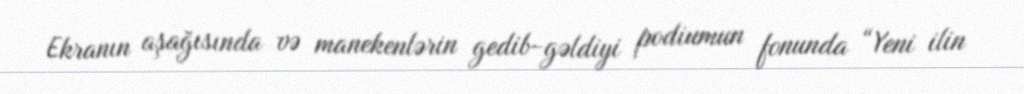
Ekranın aşağısında və manekenlərin gedib-gəldiyi podiumun fonunda “Yeni ilin